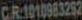
CR1010983292